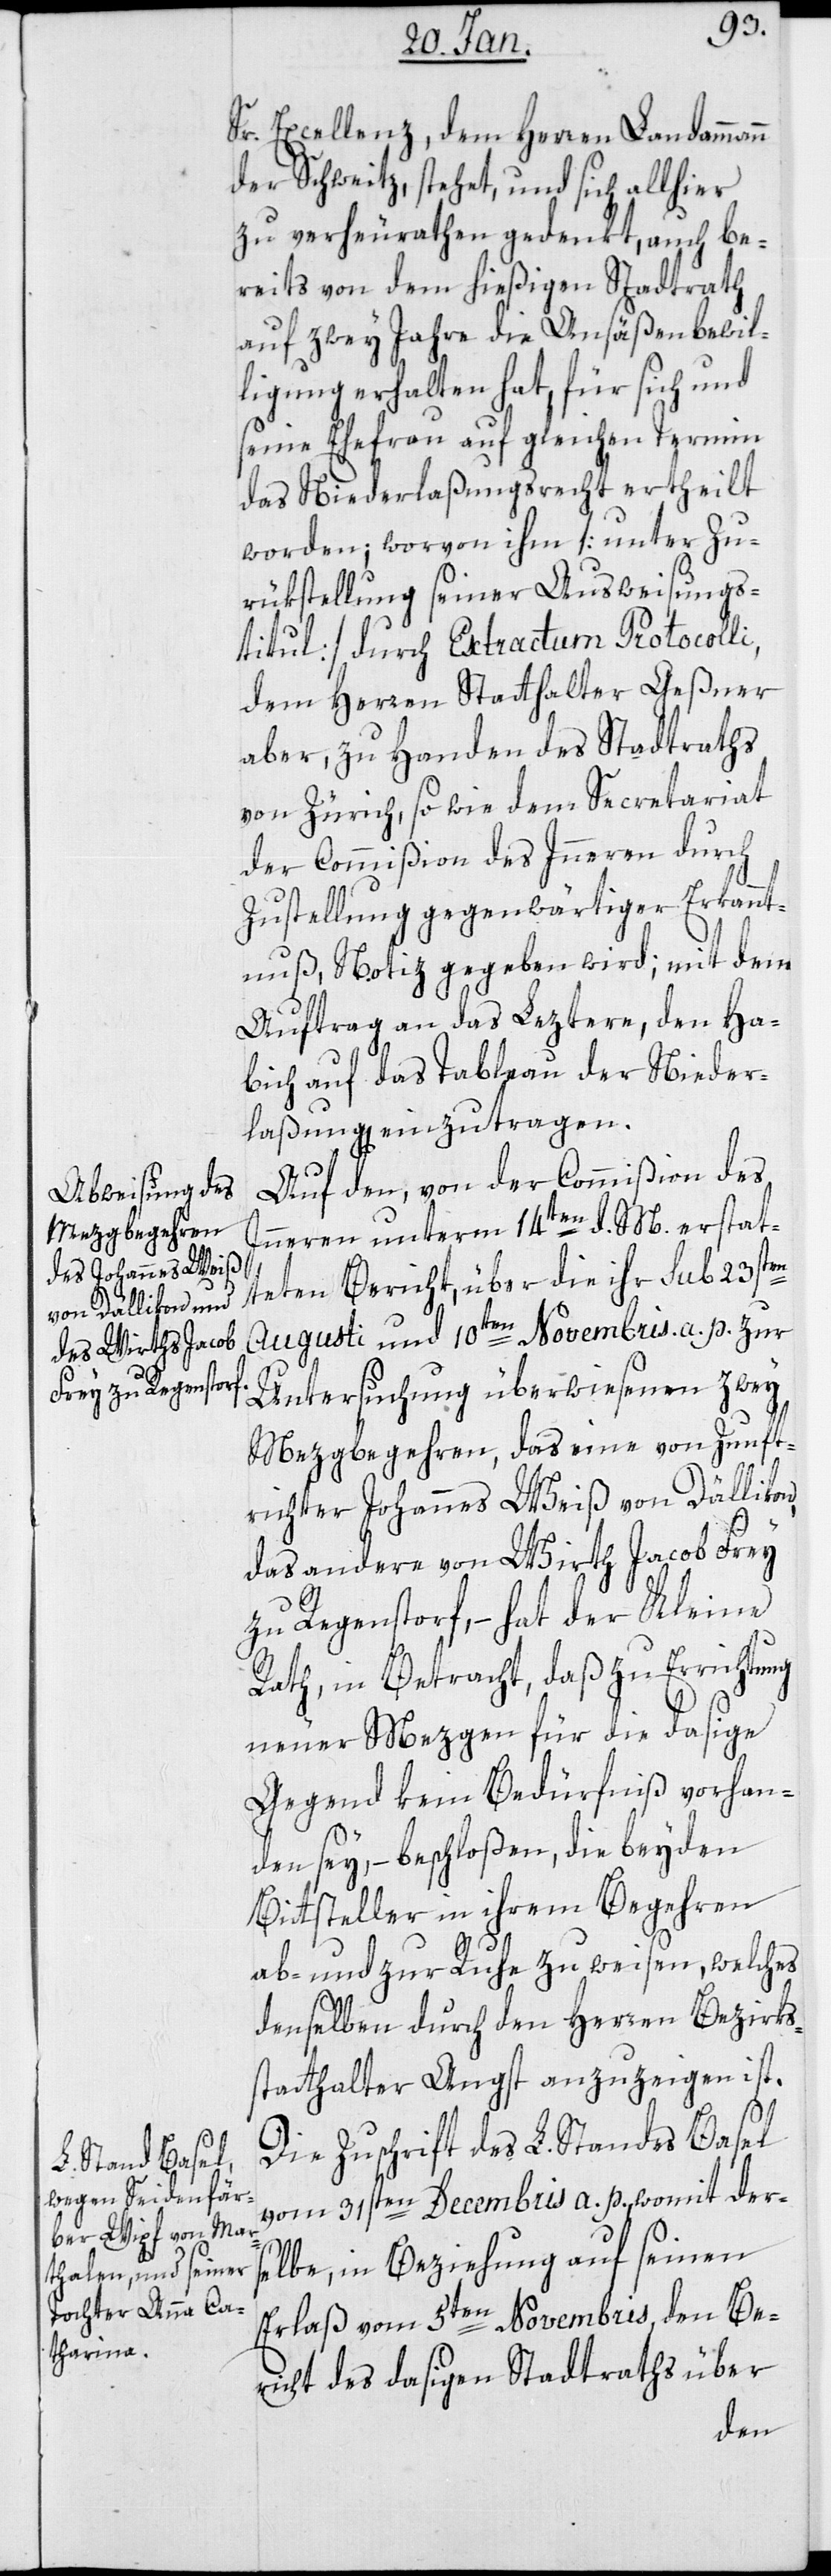
Sr. Excellenz, dem Herren Landammann
der Schweitz stehet, und sich allhier
zu verheuraten gedenkt, auch be¬
reits von dem hießigen Stadtrath
auf zwey Jahre die Ansäßenbewil¬
ligung erhalten hat, für sich und
seine Ehefrau auf gleichen Termin
das Niederlaßungsrecht ertheilt
worden; worvon ihm [unter Zu¬
rükstellung seiner Ausweisungs¬
titul] durch Extractum Protocolli,
dem Herren Stadthalter Geßner
aber, zu Handen des Stadtrats
von Zürich, sowie dem Secretariat
der Commißion des Innern durch
Zustellung gegenwärtiger Erkannt¬
nuß, Notiz gegeben wird; mit dem
Auftrag an das Letztere, den Ha¬
bich auf das Tableau der Nieder¬
laßung einzutragen.
Auf den, von der Commißion des
Innern unterm 14ten d. M. erstat¬
teten Bericht, über die ihr sub 23sten
Augusti und 10ten Novembris a. p. zur
Untersuchung überwiesenen zwey
Mezgbegehren, das eine von Zunft¬
richter Johannes Weiß von Dällikon,
das andere von Wirth Jacob Frey
zu Regenstorf, – hat der Kleine
Rath, in Betracht, daß zu Errichtung
neuer Mezgen für die dasige
Gegend kein Bedürfniß vorhan¬
den sey, – beschloßen, die beiden
Bittsteller in ihrem Begehren
ab- und zur Ruhe zu weisen, welches
denselben durch den Herren Bezirks¬
statthalter Angst anzuzeigen ist.
Die Zuschrift des L. Standes Basel
vom 31sten Decembris a. p., womit der¬
selbe, in Beziehung auf seinen
Erlaß vom 5ten Novembris, den Be¬
richt des dasigen Stadtrats über